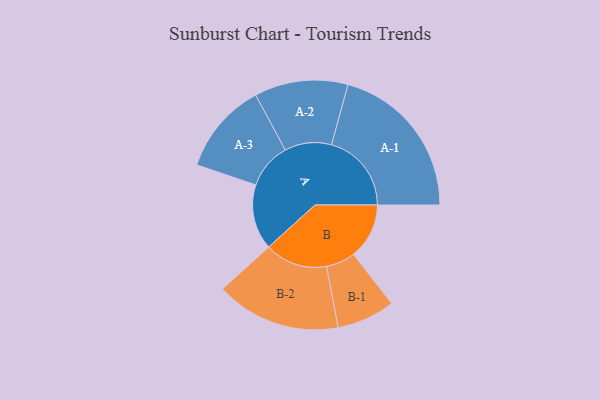
{"axis": {"x": "Segment", "y": "Value"}, "legend": ["", "A", "B"], "data": [{"x": "A", "y": 226, "type": ""}, {"x": "B", "y": 193, "type": ""}, {"x": "A-1", "y": 277, "type": "A"}, {"x": "A-2", "y": 162, "type": "A"}, {"x": "A-3", "y": 159, "type": "A"}, {"x": "B-1", "y": 101, "type": "B"}, {"x": "B-2", "y": 217, "type": "B"}]}